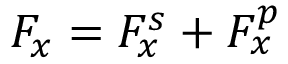
F _ { x } = F _ { x } ^ { s } + F _ { x } ^ { p }